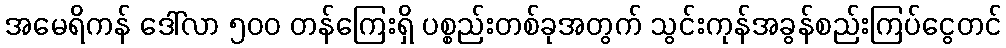
အမေရိကန် ဒေါ်လာ ၅၀၀ တန်ကြေးရှိ ပစ္စည်းတစ်ခုအတွက် သွင်းကုန်အခွန်စည်းကြပ်ငွေတင်